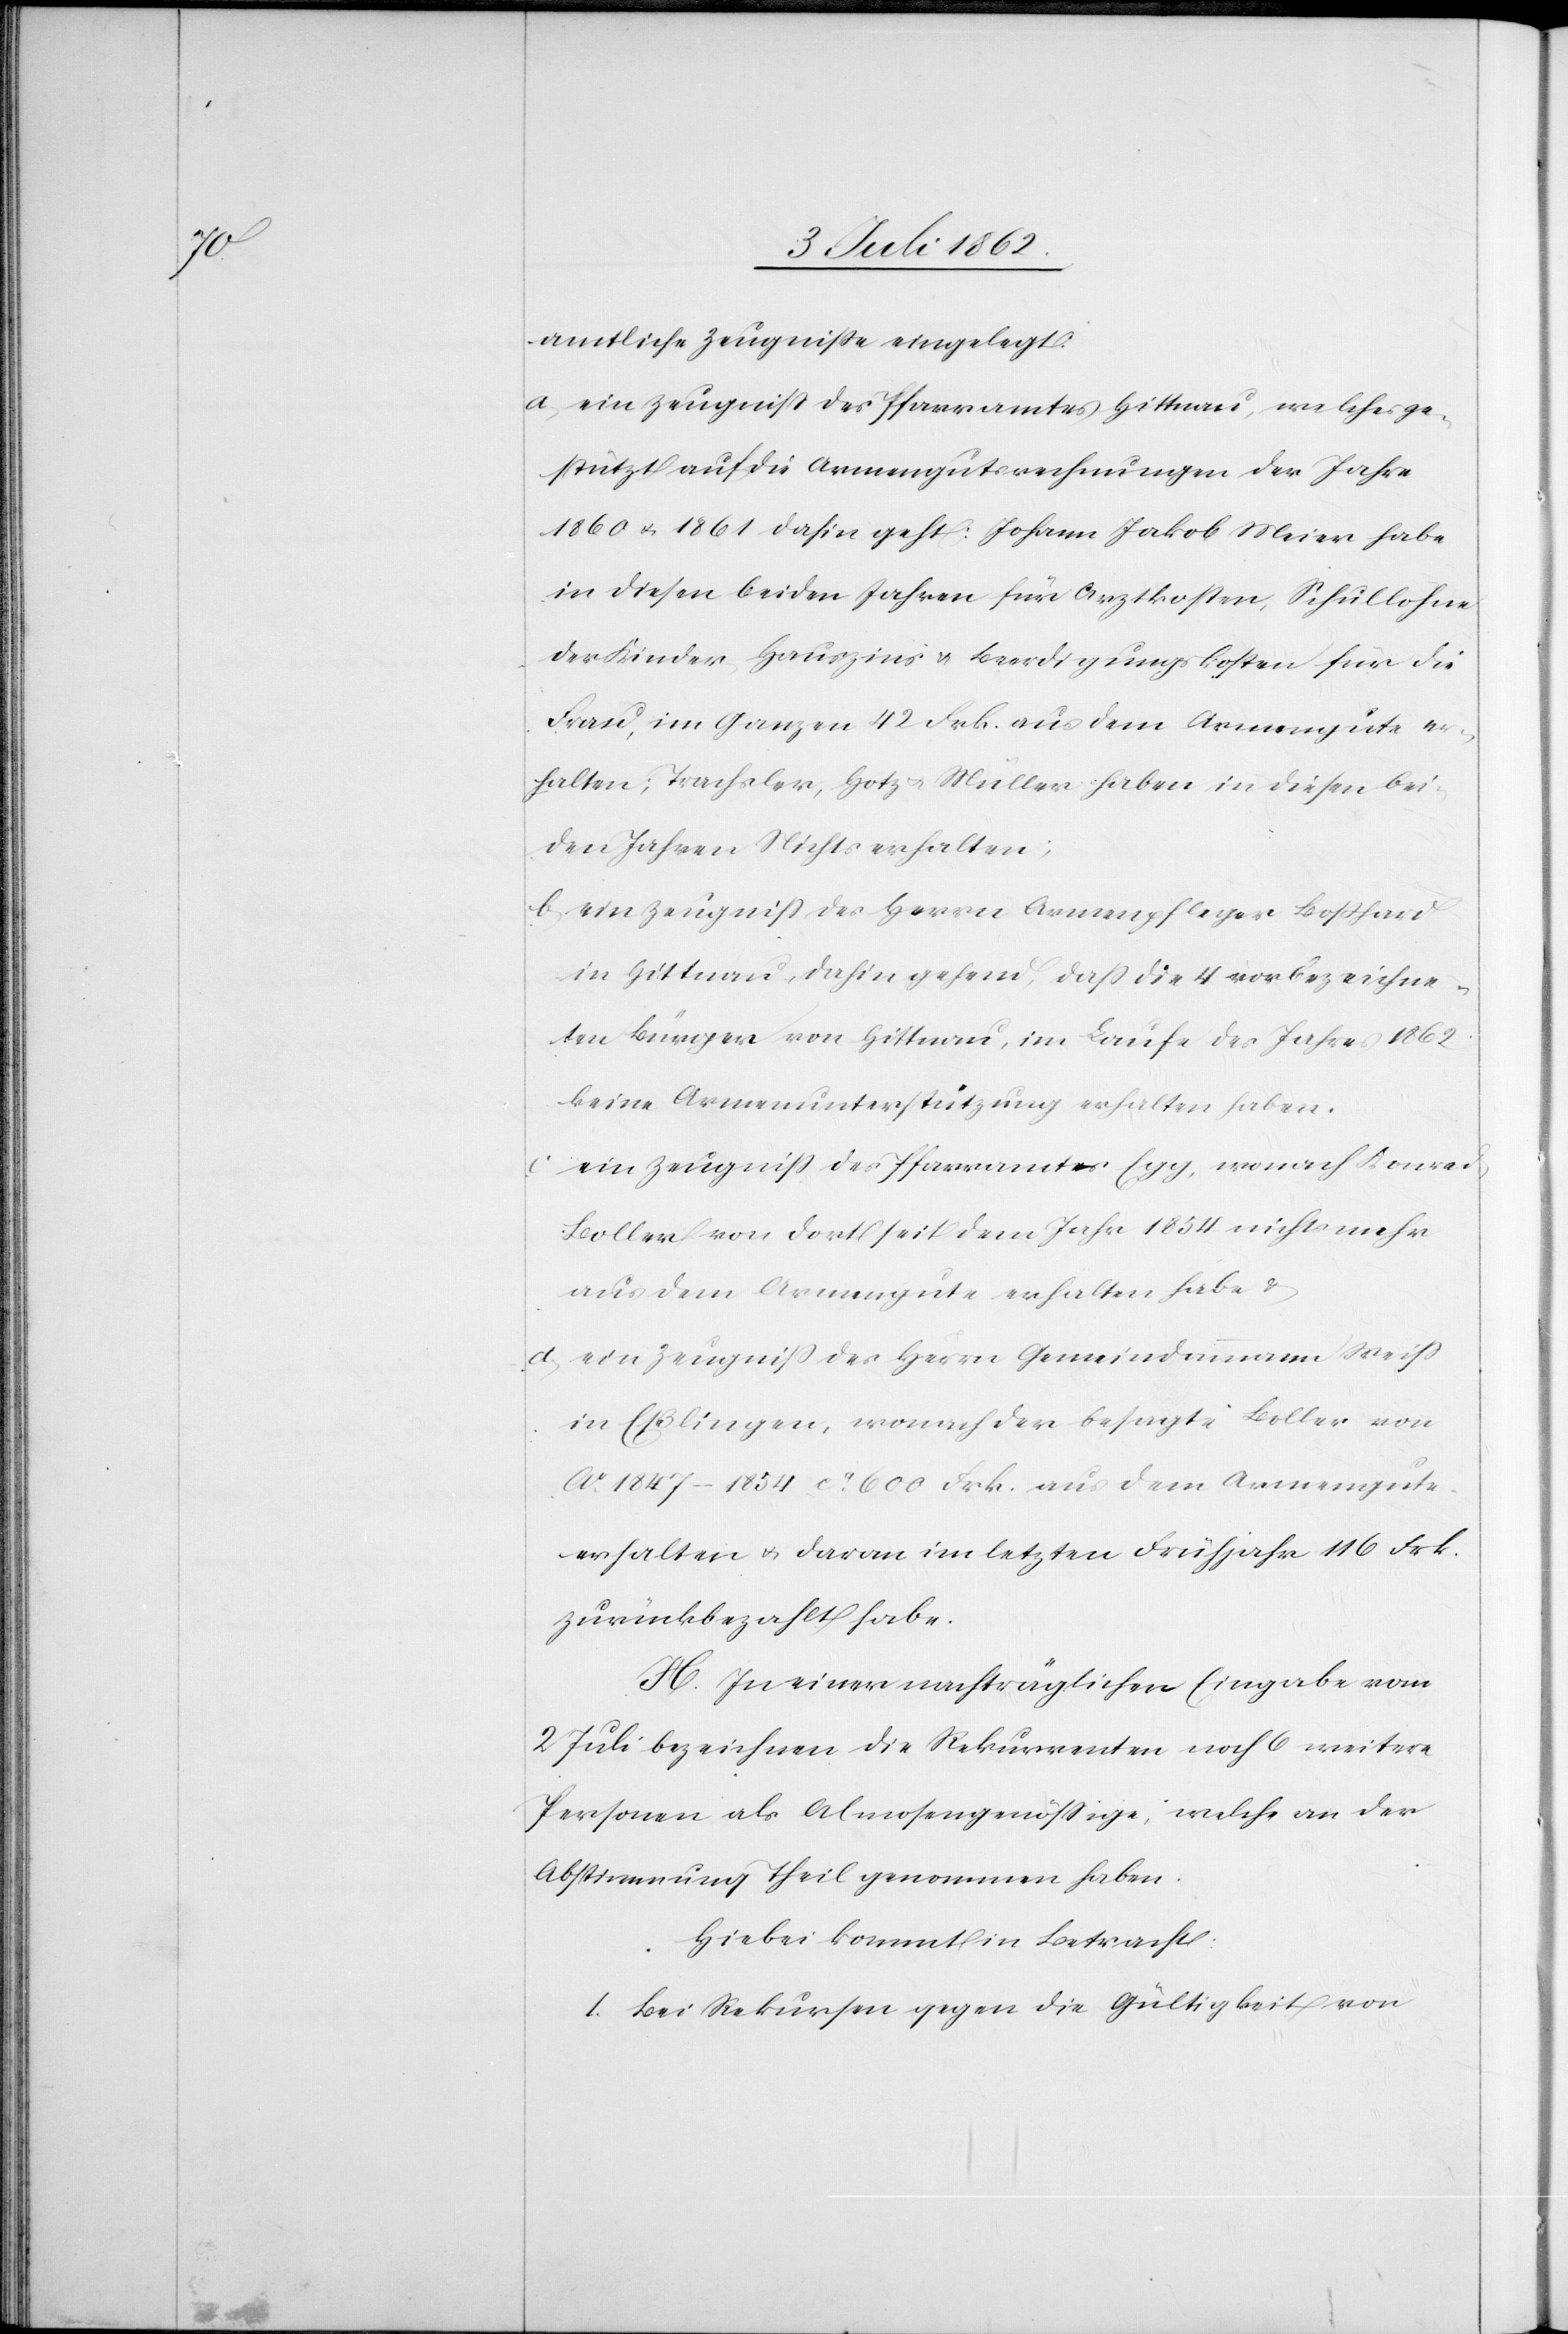
amtliche Zeugnisse eingelegt:
a. ein Zeugniß des Pfarramtes Hittnau, welches ge¬
stützt auf die Armengutsrechnungen der Jahre
1860 u. 1861 dahin geht: Johann Jakob Meier habe
in diesen beiden Jahren für Arztkosten, Schullöhne
der Kinder, Hauszins u. Beerdigungskosten für die
Frau, im Ganzen 42 Frk. aus dem Armengute er¬
halten; Trachsler, Hotz u. Müller haben in diesen bei¬
den Jahren Nichts erhalten;
b. ein Zeugniß des Herrn Armenpfleger Boßhard
in Hittnau, dahin gehend, daß die 4 vorbezeichne¬
ten Bürger von Hittnau, im Laufe des Jahres 1862
keine Armenunterstützung erhalten haben.
ein Zeugniß des Pfarramtes Egg, wonach Konrad
Boller von dort seit dem Jahr 1854 nicht mehr
aus dem Armengute erhalten habe u.
d. ein Zeugniß der Herrn Gemeindammann Weiß
in Eßlingen, wonach der besagte Boller von
Ao. 1847–1854 ca. 600 Frk. aus dem Armengute
erhalten u. davon im letzten Frühjahr 116 Frk.
zurückbezahlt habe.
H. In einer nachträglichen Eingabe vom
2 Juli bezeichnen die Rekurrenten noch 6 weitere
Personen als Almosengenössige, welche an der
Abstimmung Theil genommen haben.
Hiebei kommt in Betracht:
1. bei Rekursen gegen die Gütigkeit von